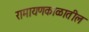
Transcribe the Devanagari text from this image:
रामायणकाळातील